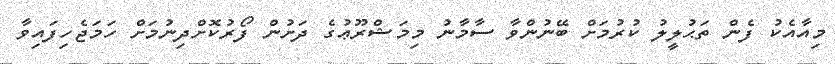
މިއާއެކު ފެން ތަޙުލީލު ކުރުމަށް ބޭނުންވާ ސާމާނު މިމަޝްރޫޢުގެ ދަށުން ފޯރުކޮށްދިނުމަށް ހަމަޖެހިފައިވާ